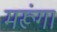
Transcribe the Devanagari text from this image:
मरूंगा